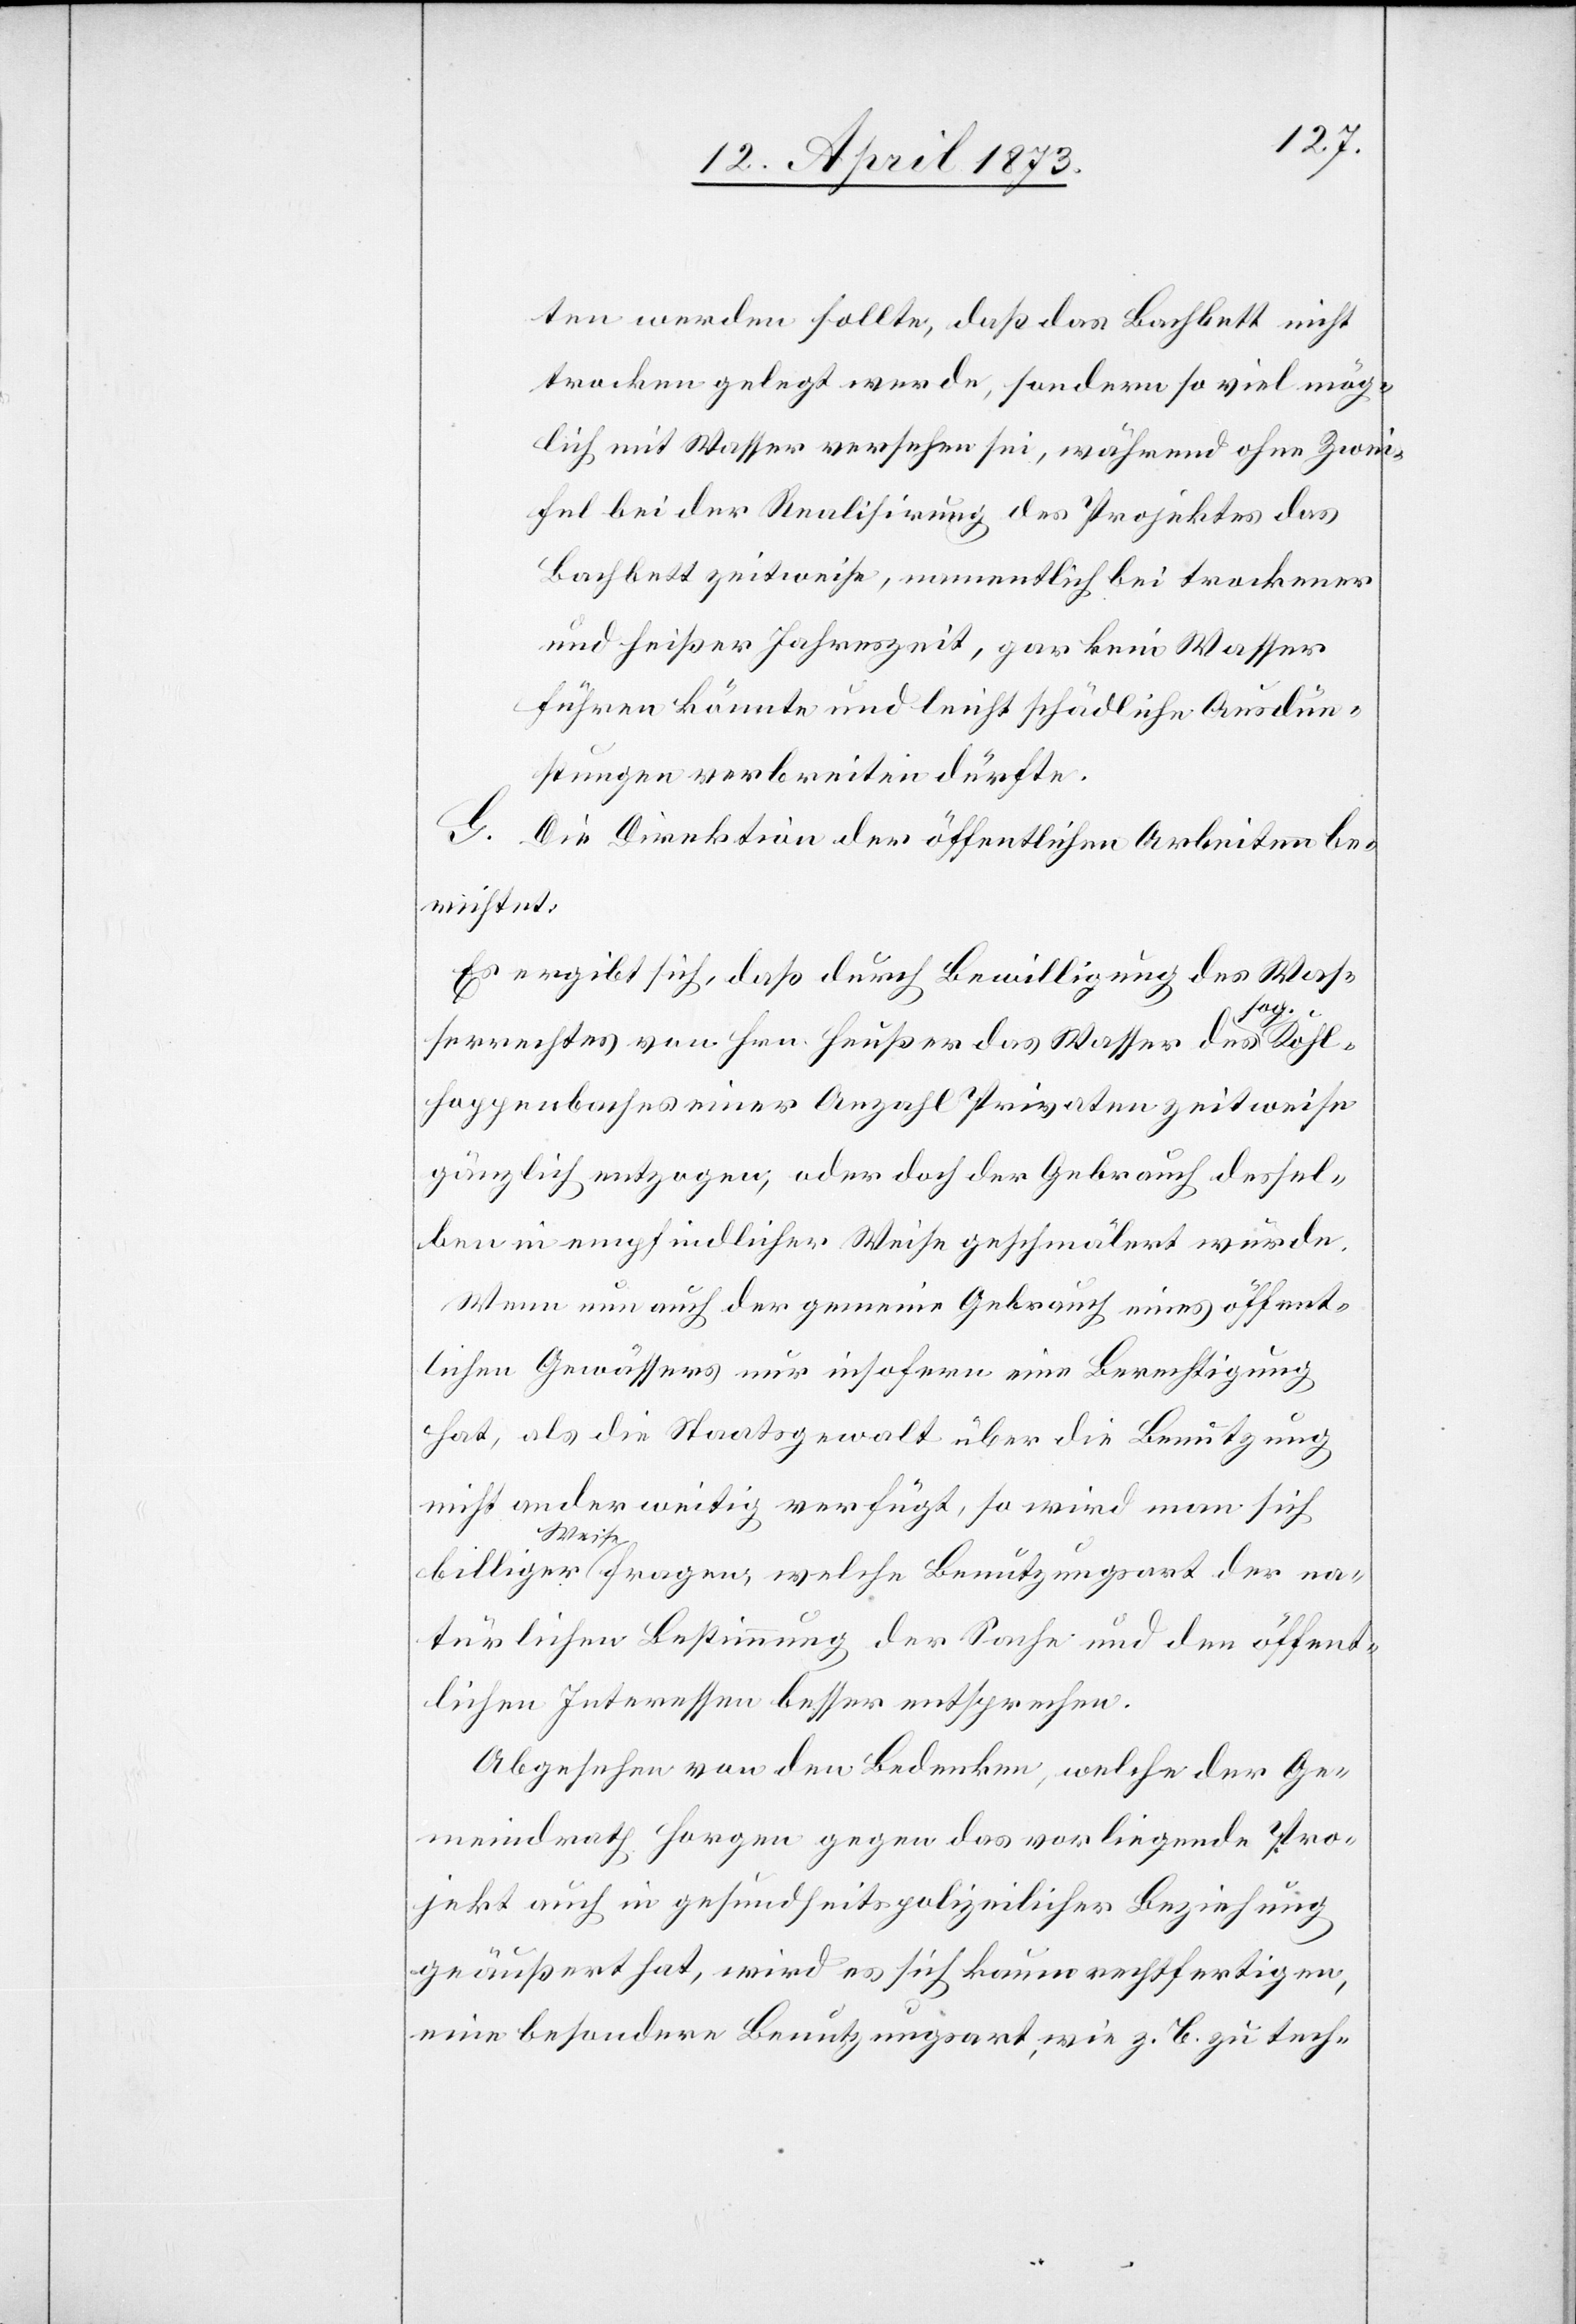
ten werden sollte, daß das Bachbett nicht
trocken gelegt werde, sondern so viel mög¬
lich mit Wasser versehen sei, während ohne Zwei¬
fel bei der Realisirung des Projektes das
Bachbett zeitweise, namentlich bei trockener
und heißer Jahreszeit, gar kein Wasser
führen könnte und leicht schädliche Ausdün¬
stungen verbreiten dürfte.
G. Die Direktion der öffentlichen Arbeiten be¬
richtet:
Es ergibt sich, daß durch Bewilligung des Was¬
serrechtes von Hrn. Heußer das Wasser des sog. Kohl¬
hoppenbaches einer Anzahl Privaten zeitweise
gänzlich entzogen; oder doch der Gebrauch dessel¬
ben in empfindlicher Weise geschmälert würde.
Wenn nun auch der gemeine Gebrauch eines öffent¬
lichen Gewässers nur insofern eine Berechtigung
hat, als die Staatsgewalt über die Benutzung
nicht anderweitig verfügt, so wird man sich
billiger Weise fragen, welche Benutzungsart der na¬
türlichen Bestimmung der Sache und den öffent¬
lichen Interessen besser entsprechen
Abgesehen von den Bedenken, welche der Ge¬
meindrath Horgen gegen das vorliegende Pro¬
jekt auch in gesundheitspolizeilicher Beziehung
geäußert hat, wird es sich kaum rechtfertigen,
eine besondere Benutzungsart, wie z. B. zu tech-